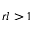
r l > 1